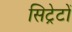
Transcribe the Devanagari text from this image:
सिट्रेटों